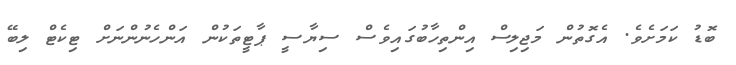
ބޮޑު ކަމަށެވެ. އެގޮތުން މަޖިލިސް އިންތިހާބުގައިވެސް ސިޔާސީ ޕާޓީތަކުން އަންހެނުންނަށް ޓިކެޓް ލިބޭ